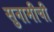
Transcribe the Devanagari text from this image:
सुनामीची